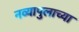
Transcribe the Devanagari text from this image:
नव्यापुलाच्या